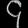
Digit: ၄